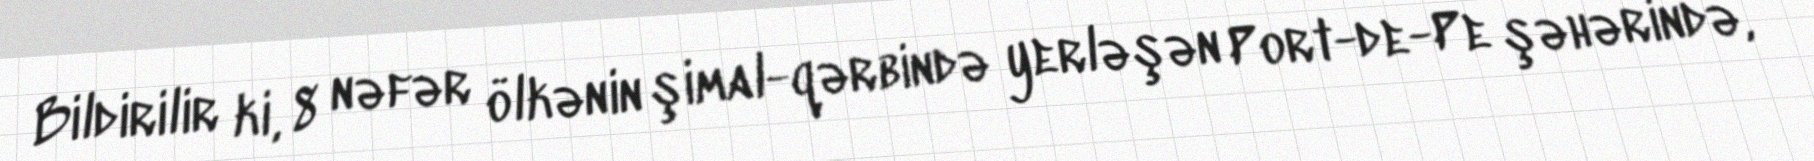
Bildirilir ki, 8 nəfər ölkənin şimal-qərbində yerləşən Port-de-Pe şəhərində,